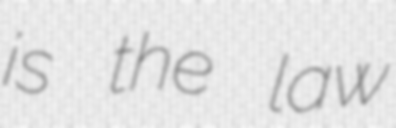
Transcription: is the law